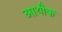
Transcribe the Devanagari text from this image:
आथीक